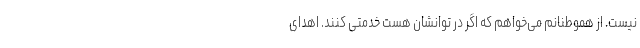
نیست. از هموطنانم می‌خواهم که اگر در توانشان هست خدمتی کنند. اهدای